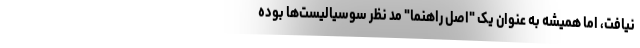
نیافت، اما همیشه به عنوان یک "اصل راهنما" مد نظر سوسیالیست‌ها بوده